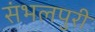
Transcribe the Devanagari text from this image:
संभलपुरी